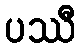
ပဿီ